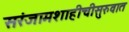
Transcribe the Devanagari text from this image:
सरंजामशाहीचीसुरुवात